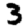
Digit: 3